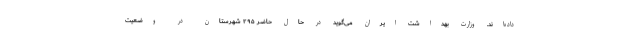
داده‌اند. وزارت بهداشت ایران می‌گوید در حال حاضر ۲۹۵ شهرستان در وضعیت